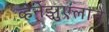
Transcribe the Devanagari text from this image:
व्हेनेझुएलाने